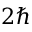
2 \hbar